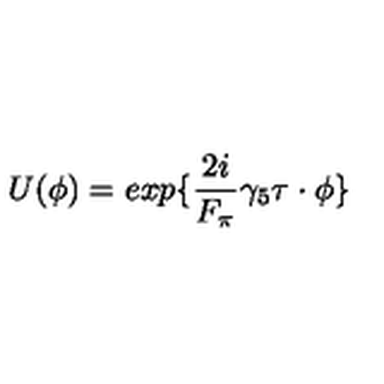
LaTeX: U ( \phi ) = e x p \{ \frac { 2 i } { F _ { \pi } } \gamma _ { 5 } \mathrm { \boldmath \tau } \cdot \mathrm { \boldmath \phi } \}